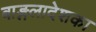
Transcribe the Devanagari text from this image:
बाङ्गलादेशका